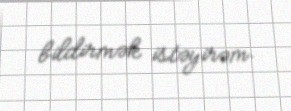
bildirmək istəyirəm.